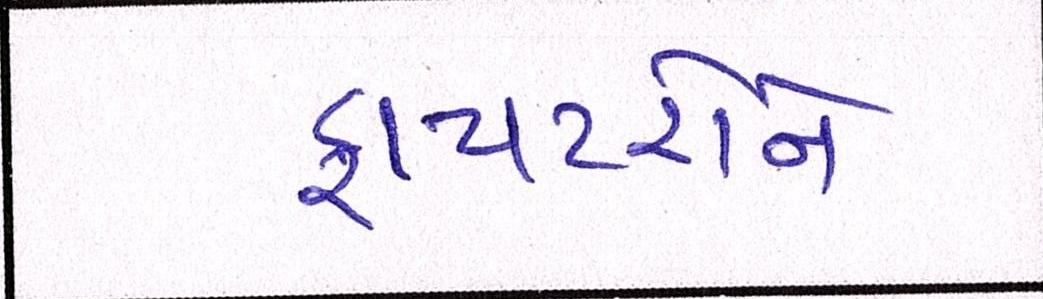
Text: ફાયટરોને